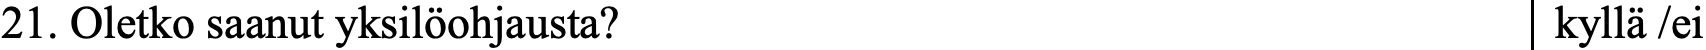
21. Oletko saanut yksilöohjausta?                  kyllä /ei